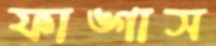
ফাঙ্গাস